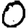
Digit: 0